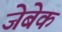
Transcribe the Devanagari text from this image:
जेबेक